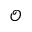
\mathcal { O }